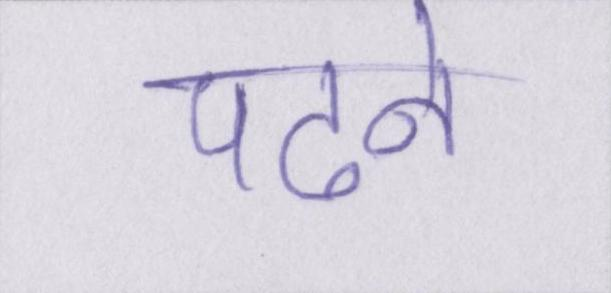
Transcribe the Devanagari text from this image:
पढने